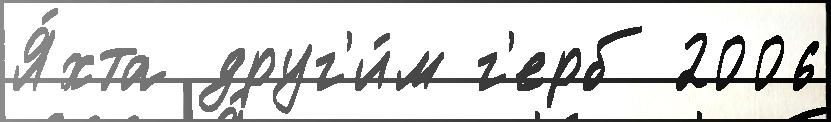
Я́хта друг'и́м г'ерб 2006